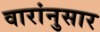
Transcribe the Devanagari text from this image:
वारांनुसार